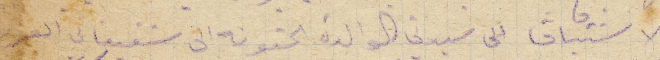
الاشتياق الى سيدتي الوالدة الحنونة الى شقيقاتي العز